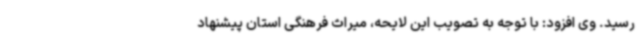
رسید. وی افزود: با توجه به تصویب این لایحه، میراث فرهنگی استان پیشنهاد